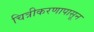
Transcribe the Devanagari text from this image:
चित्रीकरणापासून